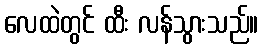
လေထဲတွင် ထီး လန်သွားသည်။